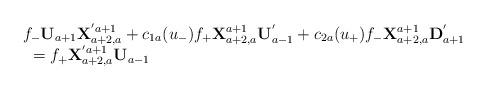
LaTeX: \begin{align*}\begin{array}{l}f_{-}{\bf U}_{a+1}{\bf X}^{'a+1}_{a+2,a}+c_{1a}(u_{-})f_{+}{\bf X}^{a+1}_{a+2,a}{\bf U}_{a-1}^{'}+c_{2a}(u_{+})f_{-}{\bf X}^{a+1}_{a+2,a}{\bf D}^{'}_{a+1}\\\mbox{ }=f_{+}{\bf X}^{'a+1}_{a+2,a}{\bf U}_{a-1}\end{array}\end{align*}